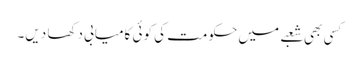
کسی بھی شعبے میں حکومت کی کوئی کامیابی دکھا دیں۔